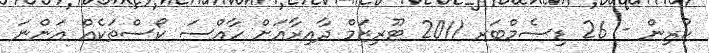
ކުރިން - 26 ޑިސެމްބަރ 2011 ޓޫރިޒަމް ދާއިރާއަށް ހާއްސަ ކޯސްތަކެއް އަންނަ